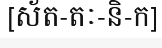
[ស័ត-តៈ-និ-ក]